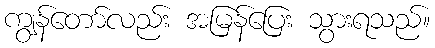
ကျွန်တော်လည်း အမြန်ပြေး သွားရသည်။